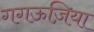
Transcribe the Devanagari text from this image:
गगऊज़िया